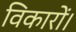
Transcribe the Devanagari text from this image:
विकारों।